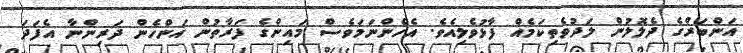
އަންބަރްގެ ދެލޮލުން ލަދުވެތިކަމެއް ފާޅުވެލިއެވެ. އެހެންނަމަވެސް މައިންގެ ފަރާތުން އަންހެން ދަރިންނާ އެފަދަ